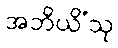
အဘိယိံသု